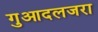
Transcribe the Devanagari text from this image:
गुआदलजरा